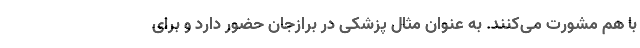
با هم مشورت می‌کنند. به عنوان مثال پزشکی در برازجان حضور دارد و برای